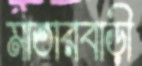
মাতারবাড়ী